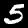
Label: 5